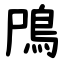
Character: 鳲